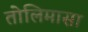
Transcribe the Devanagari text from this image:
तोलिमासा